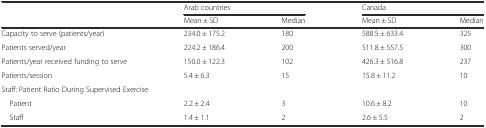
<table><thead><tr><td></td><td colspan="2"><b>Arab countries</b></td><td colspan="2"><b>Canada</b></td></tr><tr><td></td><td><b>Mean ± SD</b></td><td><b>Median</b></td><td><b>Mean ± SD</b></td><td><b>Median</b></td></tr></thead><tbody><tr><td>Capacity to serve (patients/year)</td><td>234.0 ± 175.2</td><td>180</td><td>588.5 ± 633.4</td><td>325</td></tr><tr><td>Patients served/year</td><td>224.2 ± 186.4</td><td>200</td><td>511.8 ± 557.5</td><td>300</td></tr><tr><td>Patients/year received funding to serve</td><td>150.0 ± 122.3</td><td>102</td><td>426.3 ± 516.8</td><td>237</td></tr><tr><td>Patients/session</td><td>5.4 ± 6.3</td><td>15</td><td>15.8 ± 11.2</td><td>10</td></tr><tr><td colspan="5">Staff: Patient Ratio During Supervised Exercise</td></tr><tr><td> Patient</td><td>2.2 ± 2.4</td><td>3</td><td>10.6 ± 8.2</td><td>10</td></tr><tr><td> Staff</td><td>1.4 ± 1.1</td><td>2</td><td>2.6 ± 5.5</td><td>2</td></tr></tbody></table>